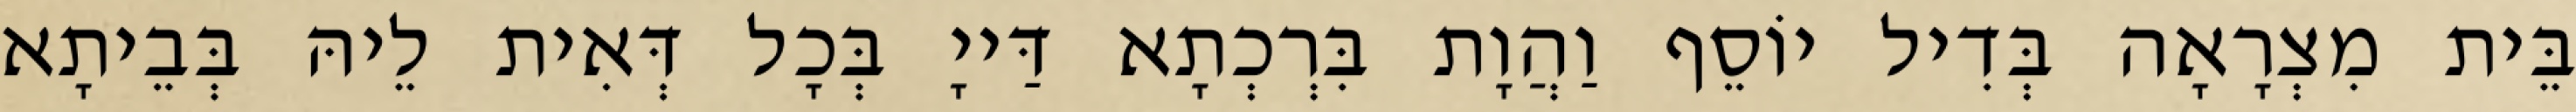
בֵּית מִצְרָאָה בְּדִיל יוֹסֵף וַהֲוָת בִּרְכְתָא דַּייָ בְּכָל דְּאִית לֵיהּ בְּבֵיתָא